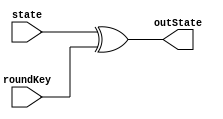
module AddRoundKey(state,roundKey,outState);

    input [127:0] state;
    input [127:0] roundKey;
    output  [127:0] outState;


    assign outState = state ^ roundKey;



endmodule